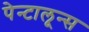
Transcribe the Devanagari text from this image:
पेन्टालून्स